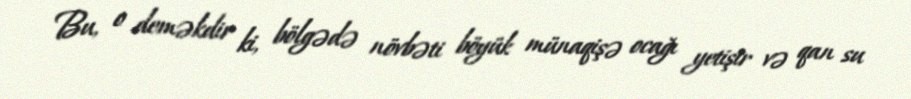
Bu, o deməkdir ki, bölgədə növbəti böyük münaqişə ocağı yetişir və qan su